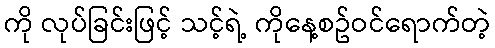
ကို လုပ်ခြင်းဖြင့် သင့်ရဲ့ ကိုနေ့စဥ်ဝင်ရောက်တဲ့